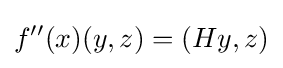
f''(x)(y,z)=(Hy,z)